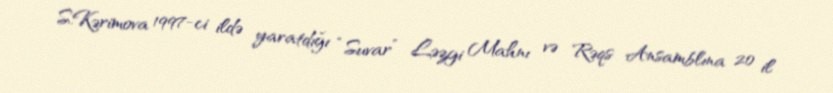
S.Kərimova 1997-ci ildə yaratdığı “Suvar” Ləzgi Mahnı və Rəqs Ansamblına 20 il